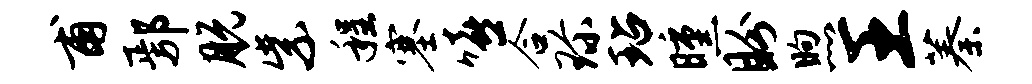
甫鄢脱紫程塞嘻合珍玷曛盼煦王蓁